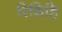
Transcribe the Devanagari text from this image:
रिशिहि